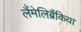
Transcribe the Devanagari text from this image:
लैंमेलिब्रैंकिया